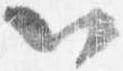
以